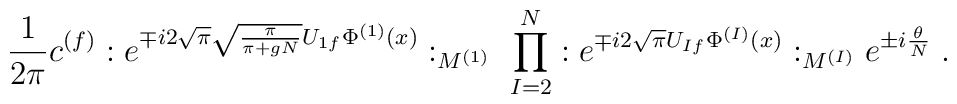
\frac{1}{2\pi} c^{(f)}: e^{\mp i 2 \sqrt{\pi} \sqrt{\frac{\pi}{\pi +gN}} U_{1 f} \Phi^{(1)}(x)}:_{M^{(1)}} \; \prod_{I=2}^N: e^{\mp i 2 \sqrt{\pi} U_{I f} \Phi^{(I)}(x)}:_{M^{(I)}} e^{\pm i \frac{\theta}{N}}\; .